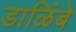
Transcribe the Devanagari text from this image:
डाळिंबे